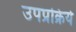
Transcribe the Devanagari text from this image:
उपप्रक्रिये